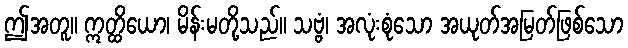
ဤအတူ။ ဣတ္ထိယော၊ မိန်းမတို့သည်။ သဗ္ဗံ၊ အလုံးစုံသော အယုတ်အမြတ်ဖြစ်သော